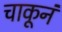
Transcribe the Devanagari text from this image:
चाकूनं